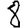
Digit: 8